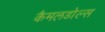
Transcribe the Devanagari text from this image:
कैमलडोल्स